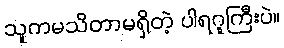
သူကမသိတာမရှိတဲ့ ပါရဂူကြီးပဲ။